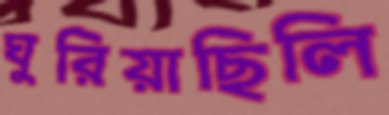
ঘুরিয়াছিলি